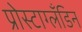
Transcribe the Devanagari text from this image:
प्रोस्टाग्लँडिन